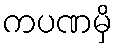
ကပဏမှိ